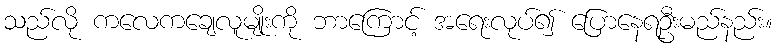
သည်လို ကလေကချေလူမျိုးကို ဘာကြောင့် အရေးလုပ်၍ ပြောနေရဦးမည်နည်း။